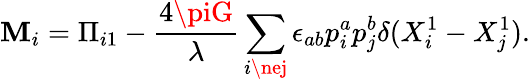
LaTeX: \mathbf{M}_{i}=\Pi_{i1}-\frac{{4\piG}}{{\lambda}}\sum_{i\nej}\epsilon_{ab}p_{i}^{a}p_{j}^{b}\delta(X_{i}^{1}-X_{j}^{1}).